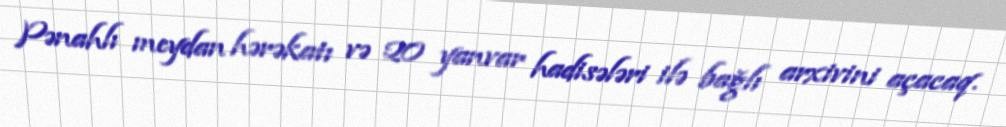
Pənahlı meydan hərəkatı və 20 yanvar hadisələri ilə bağlı arxivini açacaq.